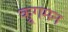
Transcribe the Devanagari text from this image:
क्रूगमन